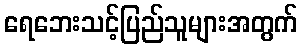
ရေဘေးသင့်ပြည်သူများအတွက်